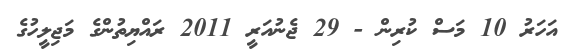
އަހަރު 10 މަސް ކުރިން - 29 ޖެނުއަރީ 2011 ރައްޔިތުންގެ މަޖިލީހުގެ